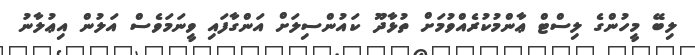
ލިބޭ މީހުންގެ ލިސްޓް ޢާންމުކުރެއްވުމަށް ތުޅާދޫ ކައުންސިލަށް އަންގާފައި ވީނަމަވެސް އަލުން އިޢުލާނު